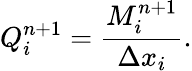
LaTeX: Q_{i}^{n+1}=\frac{M_{i}^{n+1}}{\Delta x_{i}}.